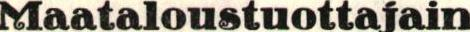
Maataloustuottajain